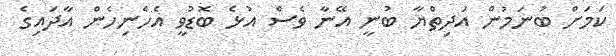
ކަމަށް ބުނަމުން އަދިތްޔާ ބުނީ އޭނާ ވެސް އުޅެ ބޮޑުވީ އެހެނިހެން އާދައިގެ